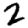
Digit: 2